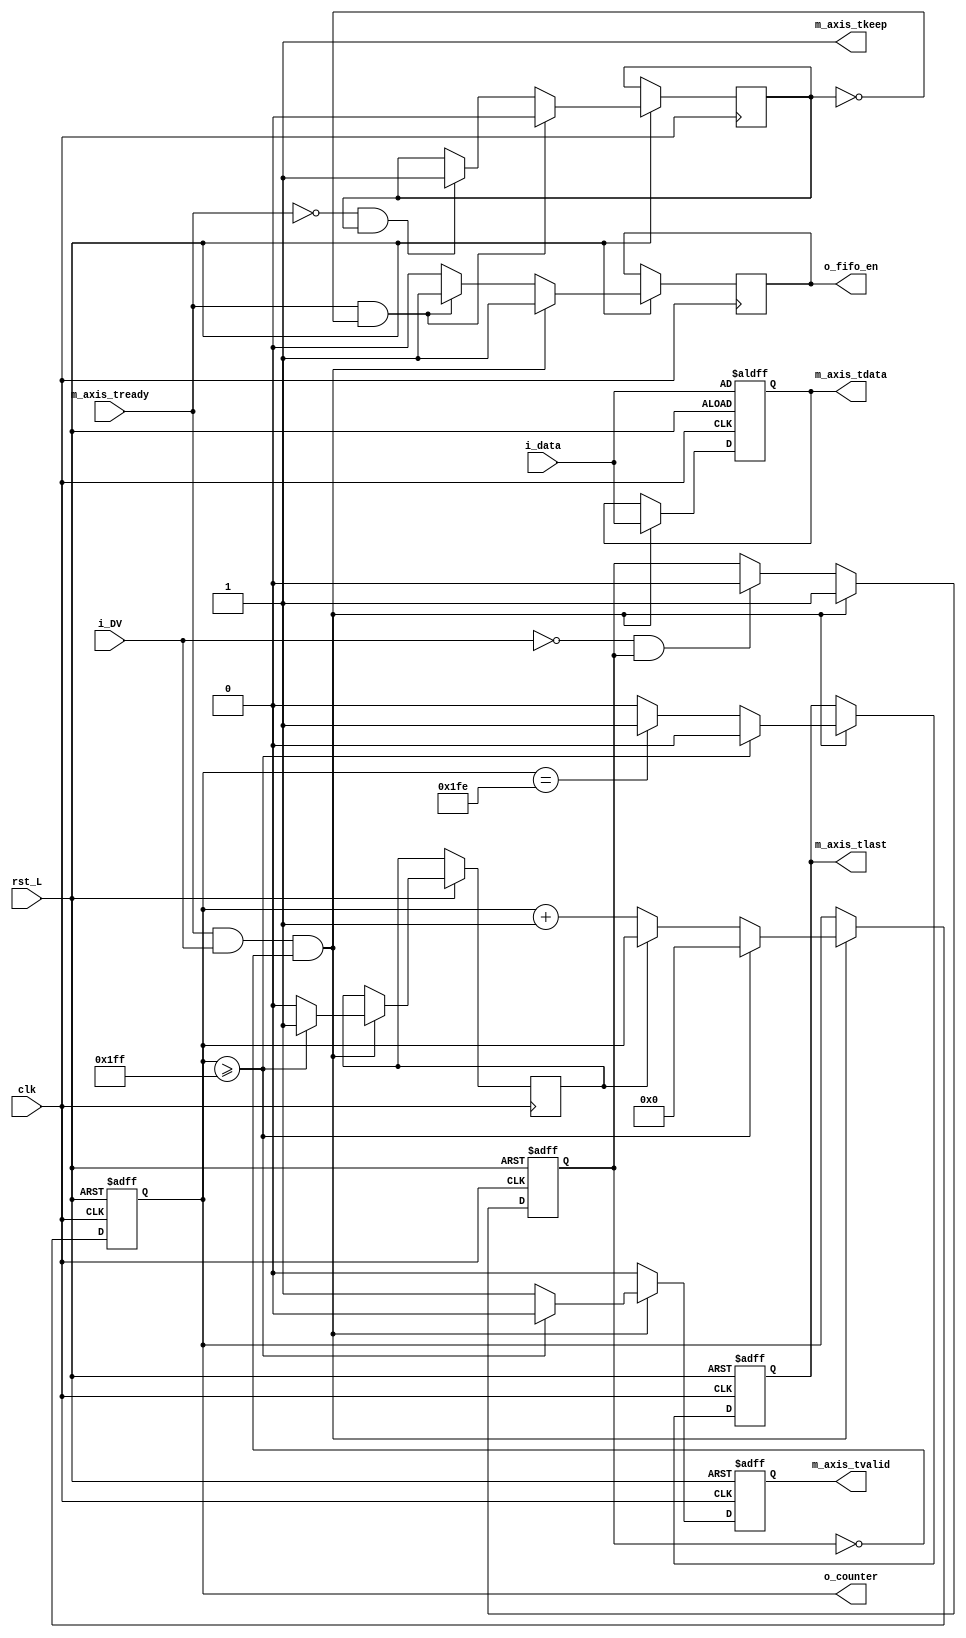
// vim: set ts=4 sw=4 tw=0 et
//////////////////////////////////////////////////

`timescale 1ns / 1ps



module spi_to_axi #(
    // Width of data bus in bits
    parameter DATA_WIDTH = 32,
    // Width of wstrb (width of data bus in words)
    parameter STRB_WIDTH = (DATA_WIDTH/8),
    // Width of counter in bits (counts from = to 2^CNT_WIDTH-1 )
    parameter CNT_WIDTH = 9, //( 0- 511)
    // to which number should the counter count?
    parameter CNT_MAX = 511, //( 0 - 511)
    // Width of counter in bits (counts from = to 2^CNT_WIDTH-1 )
    parameter KEEP_WIDTH = 1 //(
    
)
    (
        input  clk,
        input  rst_L,
        
     
        input  i_DV, //data valid
        input  [DATA_WIDTH-1:0] i_data, //CONV
        output o_fifo_en, //invokes next byte from fifo
        
        /*
        * AXI lite master interface
        */
        output m_axis_tvalid,
        input  m_axis_tready,
        output [DATA_WIDTH-1:0] m_axis_tdata,
        output [KEEP_WIDTH-1:0]   m_axis_tkeep,
        
        output [DATA_WIDTH-1:0] o_counter,
        output m_axis_tlast
    );

    assign m_axis_tkeep =  {KEEP_WIDTH{1'b1}};
    reg [DATA_WIDTH-1:0] counter_r = 'h00;
    reg last_r = 1'b0;
    reg valid_r = 1'b0;
    reg zeroflag_r = 1'b1;
    reg [DATA_WIDTH-1:0] data_r;    //CONV
    reg DV_flag_r = 1'b0;
    reg flag_r = 1'b1;
    
    reg tready_flag = 1'b0;
    
    reg fifo_en_r;
    reg [3:0] fifo_en_cnt = 0;
    
    assign o_counter = counter_r;
    assign o_fifo_en = fifo_en_r;
    //assign m_axis_tdata = counter_r;
    assign m_axis_tdata = data_r;   //CONV
    //assign m_axis_tvalid = 1'b1; // Allways valid
    assign m_axis_tvalid = valid_r;
    assign m_axis_tlast = last_r;

     
    always @ (posedge clk or negedge rst_L) 
    begin
//        if(i_DV && !DV_flag_r) begin
//            flag_r <= 1'b1;
//            DV_flag_r <= 1'b0;
//            data_r <= i_data;
//        end else if(!i_DV && DV_flag_r) begin
//            DV_flag_r <= 1'b1;
//        end
        valid_r <= 1'b0;
        //DV_flag_r <= 1'b1; //just a test
        if (~rst_L) begin
            counter_r  <= 32'h00;
            data_r <=  i_data; //CONV
            last_r <= 1'b0;
            valid_r <= 1'b0;
            DV_flag_r = 1'b1;
        end else begin
            //reset fifo_en
            if(fifo_en_r == 1'b1) begin
//                fifo_en_cnt <= fifo_en_cnt+1;
//                if(fifo_en_cnt == 3) begin
//                    fifo_en_cnt <= 5'd0;
//                    fifo_en_r <= 1'b0; //default
//                end
                fifo_en_r <= 1'b0; //default
            end
            //initiate first trigger when m_axis_tready turns 1 for the first time
            if(m_axis_tready && !tready_flag) begin
                tready_flag <= 1'b0;
                fifo_en_r <= 1'b1;
            end else if(!m_axis_tready && tready_flag)begin
                tready_flag <= 1'b1;
            end
            if(/*axi_tvalid == 1 && */ (m_axis_tready == 1'b1 && i_DV && !DV_flag_r) /*|| (m_axis_tready == 1'b1 && flag_r == 1'b1)*/) begin //remove i_DV for test!!
                DV_flag_r <= 1'b1;
                data_r <= i_data;
                
//                if(flag_r) begin
//                    counter_r <= 32'd0;
//                    flag_r <= 1'b0;
//                end else begin
                    
//                end
                
                if(zeroflag_r == 1'b1) begin
                    //counter_r <= 32'd0;
                    zeroflag_r <= 1'b0;
                    fifo_en_r <= 1'b1; //loads next byte from fifo
                    valid_r <= 1'b1;
                    //data_r <=  i_data; //CONV
                end else begin
                    data_r <=  i_data; //CONV
                    counter_r <=  counter_r + 1'd1;
                    fifo_en_r <= 1'b1; //loads next byte from fifo
                    valid_r <= 1'b1;
                end
                //valid_r <= 1'b1;
                //put the below code into if i_DV == 1'b1
                if (counter_r == (CNT_MAX-1)) begin
                    last_r <= 1'b1;
                end else begin
                    last_r <= 1'b0;
                end
                if (counter_r >= (CNT_MAX)) begin
                    last_r <= 1'b0;
                    //counter_r[CNT_WIDTH-1:0] <= {CNT_WIDTH{1'b1}};
                    counter_r <= 32'd0;
                    //fifo_en_r <= 1'b1; //loads next byte from fifo
                    //data_r <=  i_data; //CONV
                    zeroflag_r <= 1'b1;
                    valid_r <= 1'b0;
                    //flag_r <= 1'b1; // to make sure the next transfer can start
                end
            end else if(!i_DV && DV_flag_r) begin
                DV_flag_r <= 1'b0;
            end

//            if (m_axis_tready) begin  // Count if AXI slave is ready
//                counter_r <= counter_r + 1;
//                valid_r <= 1'b1;
//                if (counter_r[CNT_WIDTH-1:0] == {CNT_WIDTH{1'b1}}) begin //{CNT_WIDTH{1'b1}}) // CNT_WIDTH'd512
//                    last_r <= 1'b1;
//                end else begin
//                    last_r <= 1'b0;
//                end
//            end
        end
     end
        

endmodule